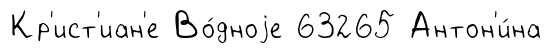
Кр'ист'иан'е Во́дноjе 63265 Антон'и́на